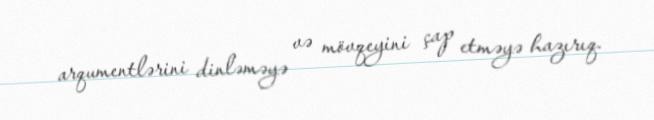
arqumentlərini dinləməyə və mövqeyini çap etməyə hazırıq.